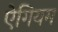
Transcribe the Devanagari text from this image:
ऐगियम